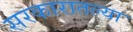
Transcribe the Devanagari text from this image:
सरकारातल्या